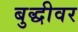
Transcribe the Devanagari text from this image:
बुद्धीवर